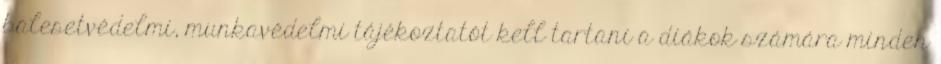
balesetvédelmi, munkavédelmi tájékoztatót kell tartani a diákok számára minden